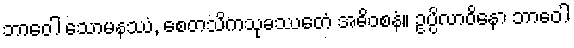
ဘာဝေါ သောမနဿံ, စေတသိကသုခဿေတံ အဓိဝစနံ။ ဥပ္ပိလာဝိနော ဘာဝေါ